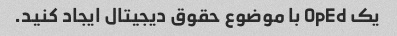
یک OpEd با موضوع حقوق دیجیتال ایجاد کنید.